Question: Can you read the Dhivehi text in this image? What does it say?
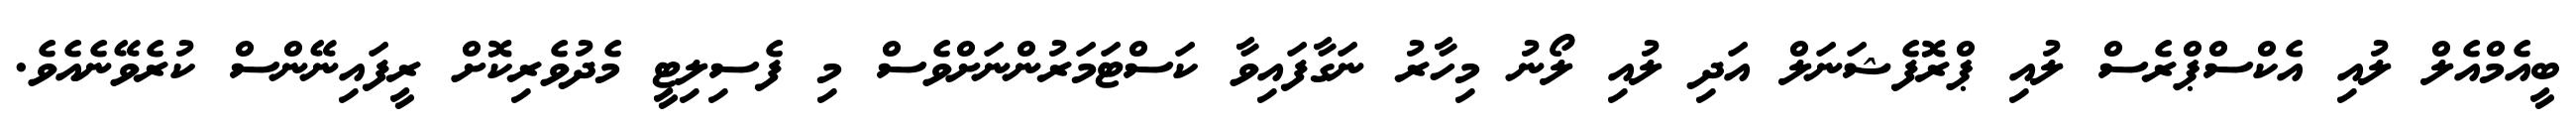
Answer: ބީއެމްއެލް ލުއި އެކްސްޕްރެސް ލުއި ޕްރޮފެޝަނަލް އަދި ލުއި ލޯނު މިހާރު ނަގާފައިވާ ކަސްޓަމަރުންނަށްވެސް މި ފެސިލިޓީ މެދުވެރިކޮށް ރީފައިނޭންސް ކުރެވޭނެއެވެ.